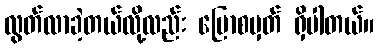
လွတ်လာခဲ့တယ်လို့လည်း ပြောစမှတ် ရှိပါတယ်။